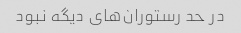
در حد رستوران‌های دیگه نبود